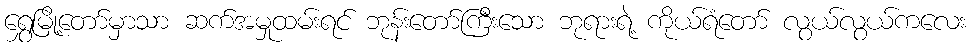
ရွှေမြို့တော်မှာသာ ဆက်အမှုထမ်းရင် ဘုန်းတော်ကြီးသော ဘုရားရဲ့ ကိုယ်ရံတော် လွယ်လွယ်ကလေး